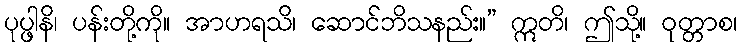
ပုပ္ဖါနိ၊ ပန်းတို့ကို။ အာဟရသိ၊ ဆောင်ဘိသနည်း။” ဣတိ၊ ဤသို့။ ဝုတ္တာစ၊